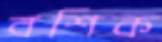
বশিক